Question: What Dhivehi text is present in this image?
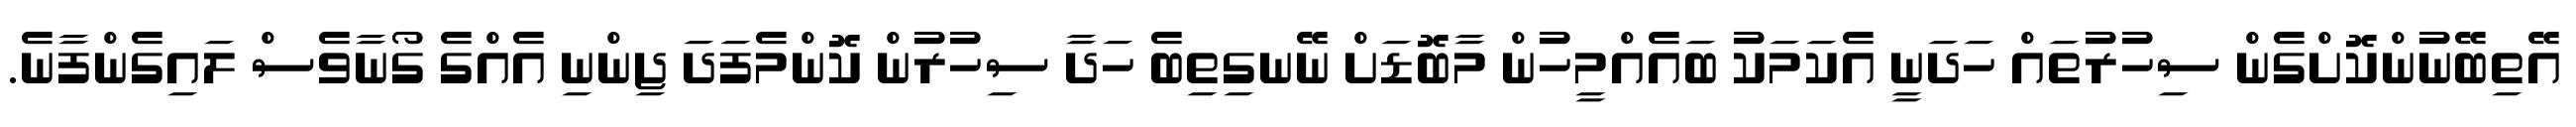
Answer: އޭތިބޭނުންކޮށްގެން ސިހުރުތައް ހަދަނީ އެކަމަކު ބައެއްމީހުން މާބޮޑަށް ނޭނގިތިބެ ހަދާ ސިހުރުން ކޮންމެފަދަ ޖިންނި އެއްގެ ގޯނާވެސް ލައިގެންފާނެ.